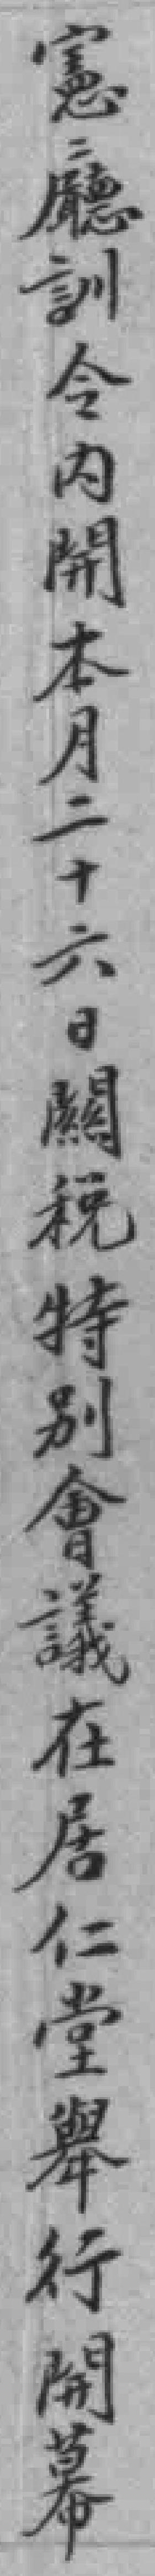
憲廳訓令內開本月二十六日闗税特別會議在居仁堂舉行開幕